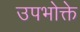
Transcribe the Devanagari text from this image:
उपभोक्ते